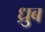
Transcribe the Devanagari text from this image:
ध्रुब